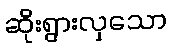
ဆိုးရွားလှသော